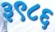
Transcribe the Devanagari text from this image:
३९८६